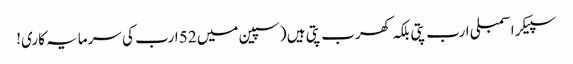
سپیکر اسمبلی ارب پتی بلکہ کھرب پتی ہیں (سپین میں 52 ارب کی سرمایہ کاری!